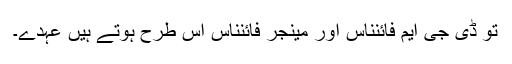
تو ڈی جی ایم فائنناس اور مینجر فائنناس اس طرح ہوتے ہیں عہدے۔